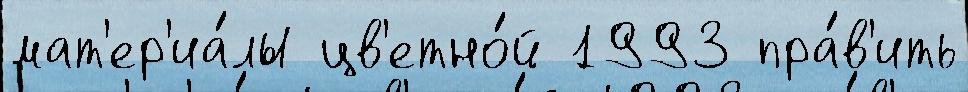
мат'ер'иа́лы цв'етно́й 1993 пра́в'ить